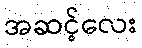
အဆင့်လေး